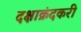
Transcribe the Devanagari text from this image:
दक्षाक्रंदकरी